Code of medical and sanitary regulations for the guidance of medical officers serving in the Madras Presidency - Volume I
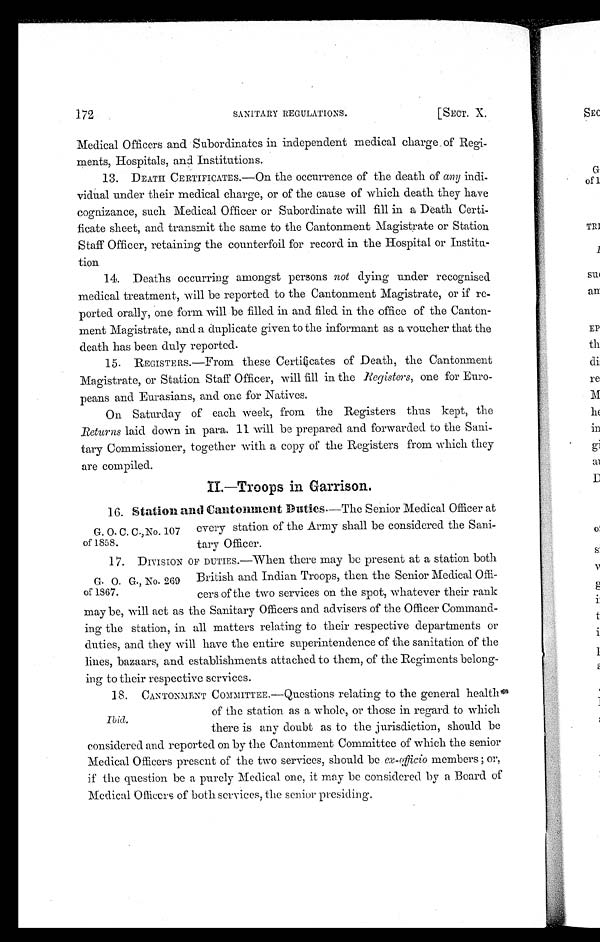
172
SANITARY REGULATIONS.
[SECT. X.
Medical Officers and Subordinates in independent medical charge of Regi-
ments, Hospitals, and Institutions.
13. DEATH CERTIFICATES.—On the occurrence of the death of any indi-
vidual under their medical charge, or of the cause of which death they have
cognizance, such Medical Officer or Subordinate will fill in a Death Certi-
ficate sheet, and transmit the same to the Cantonment Magistrate or Station
Staff Officer, retaining the counterfoil for record in the Hospital or Institu-
tion
14. Deaths occurring amongst persons not dying under recognised
medical treatment, will be reported to the Cantonment Magistrate, or if re-
ported orally, one form will be filled in and filed in the office of the Canton-
ment Magistrate, and a duplicate given to the informant as a voucher that the
death has been duly reported.
15. REGISTERS.—From these Certificates of Death, the Cantonment
Magistrate, or Station Staff Officer, will fill in the Registers, one for Euro-
peans and Eurasians, and one for Natives.
On Saturday of each week, from the Registers thus kept, the
Returns laid down in para. 11 will be prepared and forwarded to the Sani-
tary Commissioner, together with a copy of the Registers from which they
are compiled.
II.—Troops in Garrison .
G. O. C. C., No. 107
of 1858.
16. Station and Cantonment Duties.—The Senior Medical Officer at
every station of the Army shall be considered the Sani-
tary Officer.
G. O. G., No. 269
of 1867.
17. DIVISION OF DUTIES.—When there may be present at a station both
British and Indian Troops, then the Senior Medical Offi-
cers of the two services on the spot, whatever their rank
may be, will act as the Sanitary Officers and advisers of the Officer Command-
ing the station, in all matters relating to their respective departments or
duties, and they will have the entire superintendence of the sanitation of the
lines, bazaars, and establishments attached to them, of the Regiments belong-
ing to their respective services.
I b i d .
18. CANTONMENT COMMITTEE.—Questions relating to the general health
of the station as a whole, or those in regard to which
there is any doubt as to the jurisdiction, should be
considered and reported on by the Cantonment Committee of which the senior
Medical Officers present of the two services, should be ex-officio members ; or,
if the question be a purely Medical one, it may be considered by a Board of
Medical Officers of both services, the senior presiding.